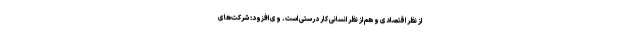
از نظر اقتصادی و هم از نظر انسانی کار درستی است. وی افزود: شرکت‌های